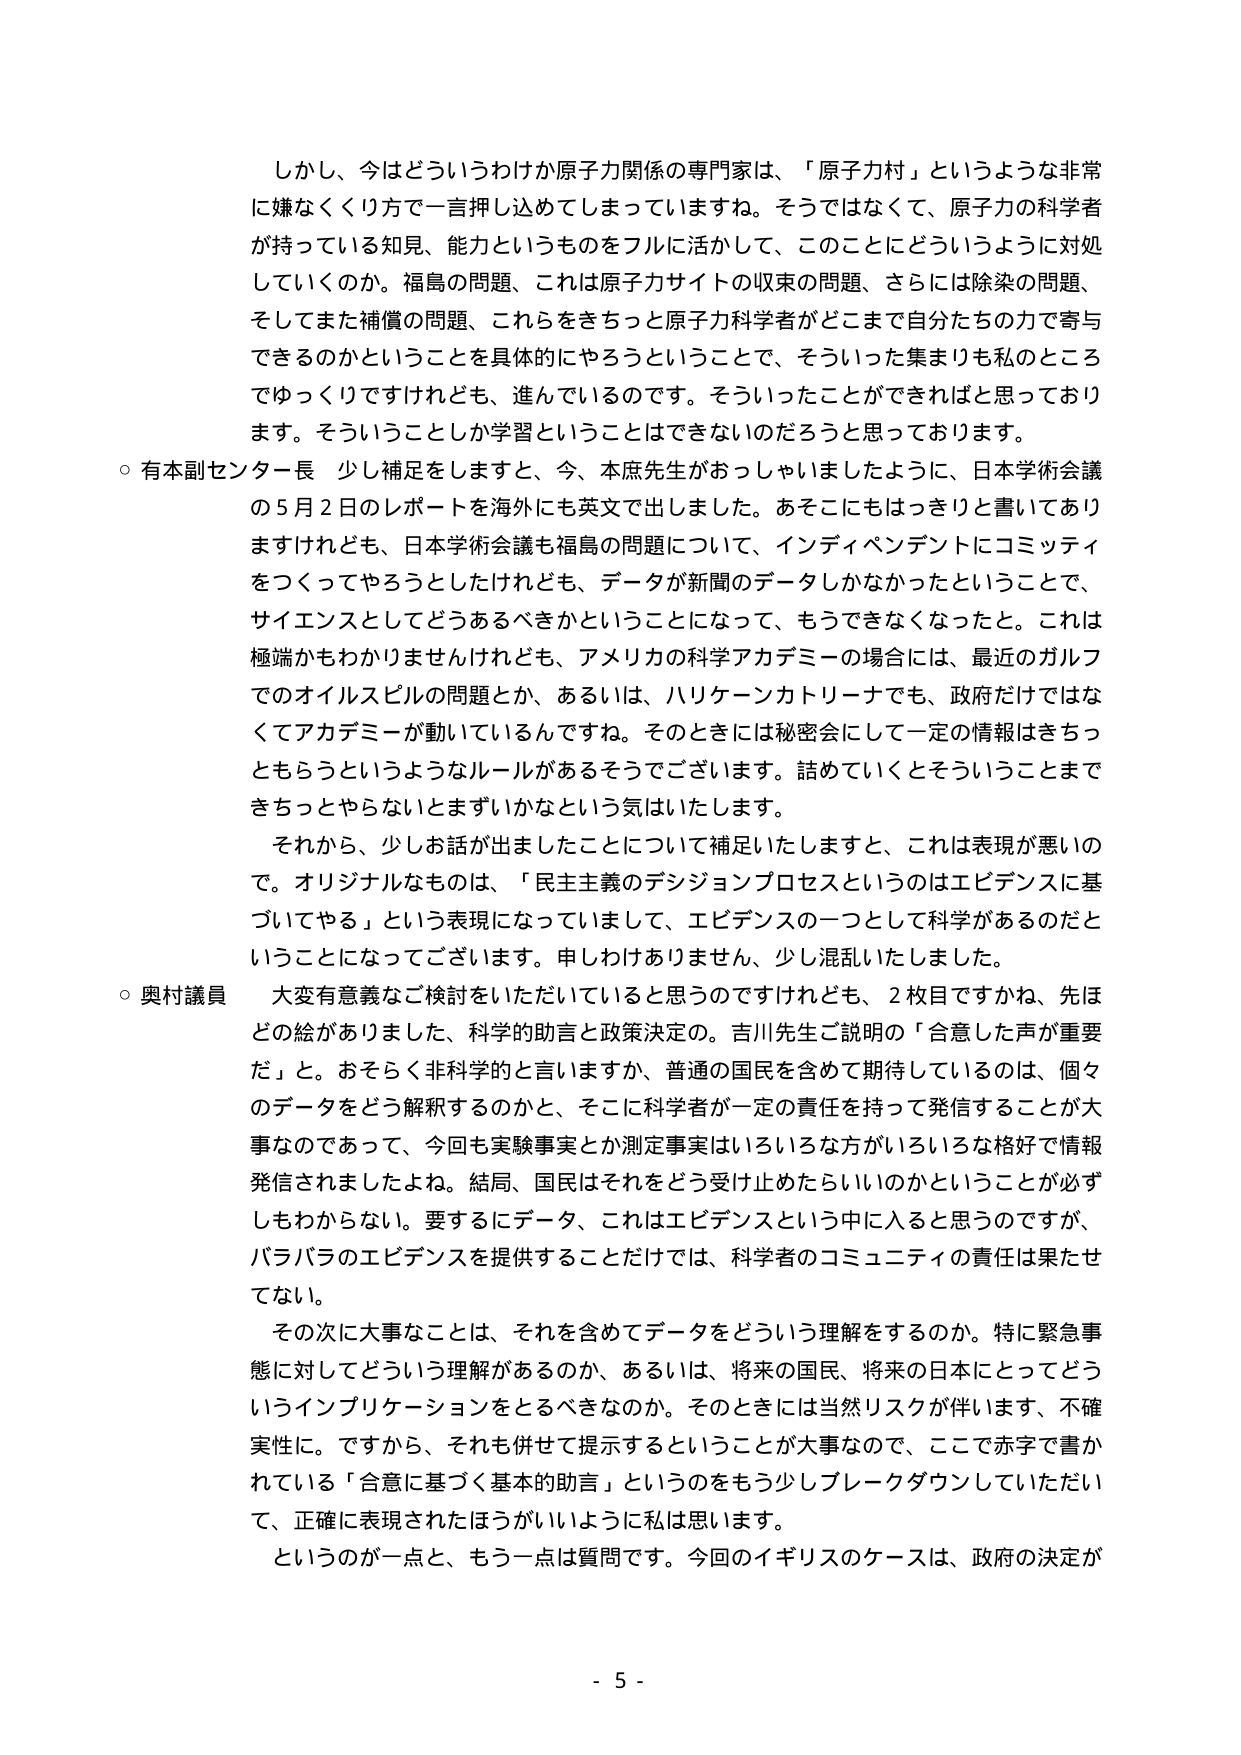
しかし、今はどういうわけか原子力関係の専門家は、「原子力村」というような非常に嫌なくくり方で一言押し込めてしまっていますね。そうではなくて、原子力の科学者が持っている知見、能力というものをフルに活かして、このことにどういうように対処していくのか。福島の問題、これは原子力サイトの収束の問題、さらには除染の問題、そしてまた補償の問題、これらをきちっと原子力科学者がどこまで自分たちの力で寄与できるのかということを具体的にやろうということで、そういった集まりも私のところではゆっくりですけれども、進んでいるのです。そういったことができればと思っております。そういうことしか学習ということはできないのだろうと思っております。

○ 有本副センター長 少し補足をしますと、今、本庶先生がおっしゃいましたように、日本学術会議の5月2日のレポートを海外にも英文で出しました。あそこにもはっきりと書いてありますけれども、日本学術会議も福島の問題について、インディペンデントにコミッティをつくってやろうとしたけれども、データが新聞のデータしかなかったということで、サイエンスとしてどうあるべきかということになって、もうできなくなったと。これは極端かもわかりませんけれども、アメリカの科学アカデミーの場合には、最近のガルフでのオイルスピルの問題とか、あるいは、ハリケーンカトリーナでも、政府だけではなくてアカデミーが動いているんですね。そのときには秘密会にして一定の情報をきちっともらうというようなルールがあるそうでございます。詰めていくとそういうことまできちっとやらないとまずいかなという気はいたします。

それから、少しお話が出ましたことについて補足いたしますと、これは表現が悪いので。オリジナルなもののは、「民主主義のデシジョンプロセスというのはエビデンスに基づいてやる」という表現になっていまして、エビデンスの一つとして科学があるのだということになってございます。申しわけありません、少し混乱いたしました。

○ 奥村議員 大変有意義なご検討をいただいていると思うのですけれども、2枚目ですかね、先ほどの絵がありました、科学的助言と政策決定の。吉川先生ご説明の「合意した声が重要だ」と。おそらく非科学的と言いますか、普通の国民を含めて期待しているのは、個々のデータをどう解釈するのかと、そこに科学者が一定の責任を持って発信することが大事なのであって、今回も実験事実とか測定事実はいろいろな方がいろいろな格好で情報発信されましたよね。結局、国民はそれをどう受け止めたらいいのかということが必ずしもわからない。要するにデータ、これはエビデンスという中に入ると思うのですが、バラバラのエビデンスを提供することだけでは、科学者のコミュニティの責任は果たせてない。

その次に大事なことは、それを含めてデータをどういう理解をするのか。特に緊急事態に対してどういう理解があるのか、あるいは、将来の国民、将来の日本にとってどういうインプリケーションをとるべきなのか。そのときには当然リスクが伴います、不確実性に。ですから、それも併せて提示するということが大事なので、ここで赤字で書かれている「合意に基づく基本的助言」というのをもう少しブレークダウンしていただいて、正確に表現されたほうがいいように私は思います。

というのが一点と、もう一点は質問です。今回のイギリスのケースは、政府の決定が

- 5 -